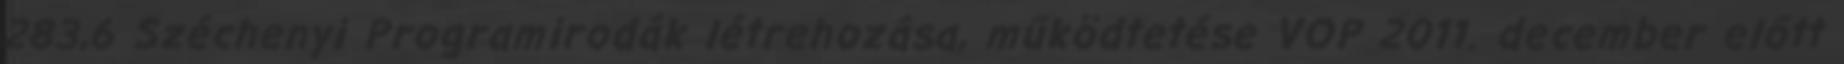
283,6 Széchenyi Programirodák létrehozása, működtetése VOP 2011. december előtt